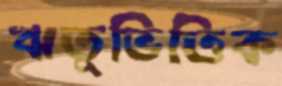
ঋতুভিত্তিক